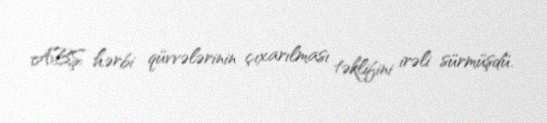
ABŞ hərbi qüvvələrinin çıxarılması təklifini irəli sürmüşdü.